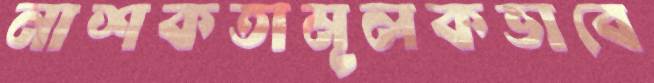
নাশকতামূলকভাবে